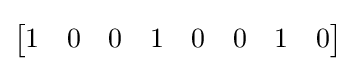
{\begin{bmatrix}1&0&0&1&0&0&1&0\end{bmatrix}}